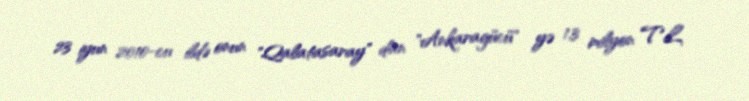
23 iyun 2010-cu ildə onun "Qalatasaray" dan "Ankaragücü" yə 1,3 milyon TL